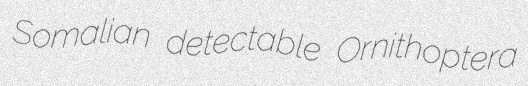
Somalian detectable Ornithoptera